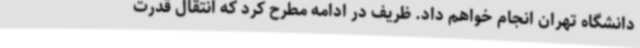
دانشگاه تهران انجام خواهم داد. ظریف در ادامه مطرح کرد که انتقال قدرت